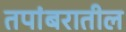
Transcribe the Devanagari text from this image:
तपांबरातील